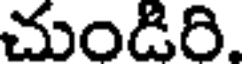
చుండిరి.